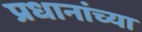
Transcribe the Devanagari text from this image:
प्रधानांच्या